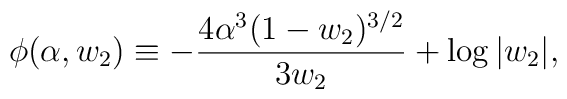
\phi(\alpha,w_2)   \equiv   -{4\alpha^3(1-w_2)^{3/2}\over3w_2}+\log|w_2|,